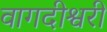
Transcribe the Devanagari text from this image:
वागदीश्वरी